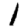
Digit: 1